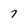
Character: 7